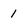
Character: 1